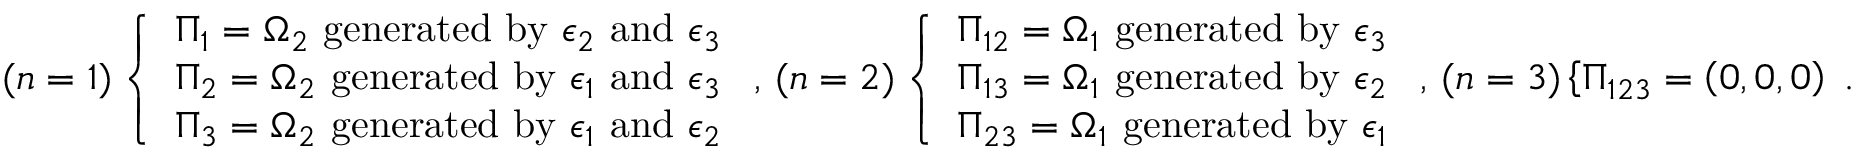
( n = 1 ) \left\{ \begin{array} { l l } { \Pi _ { 1 } = \Omega _ { 2 } \ \mathrm { g e n e r a t e d ~ b y } \ \epsilon _ { 2 } \ \mathrm { a n d } \ \epsilon _ { 3 } } \\ { \Pi _ { 2 } = \Omega _ { 2 } \ \mathrm { g e n e r a t e d ~ b y } \ \epsilon _ { 1 } \ \mathrm { a n d } \ \epsilon _ { 3 } } \\ { \Pi _ { 3 } = \Omega _ { 2 } \ \mathrm { g e n e r a t e d ~ b y } \ \epsilon _ { 1 } \ \mathrm { a n d } \ \epsilon _ { 2 } } \end{array} \right. , \, ( n = 2 ) \left\{ \begin{array} { l l } { \Pi _ { 1 2 } = \Omega _ { 1 } \ \mathrm { g e n e r a t e d ~ b y } \ \epsilon _ { 3 } } \\ { \Pi _ { 1 3 } = \Omega _ { 1 } \ \mathrm { g e n e r a t e d ~ b y } \ \epsilon _ { 2 } } \\ { \Pi _ { 2 3 } = \Omega _ { 1 } \ \mathrm { g e n e r a t e d ~ b y } \ \epsilon _ { 1 } } \end{array} \right. , \, ( n = 3 ) \left\{ \Pi _ { 1 2 3 } = \left( 0 , 0 , 0 \right) \right. \, .